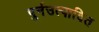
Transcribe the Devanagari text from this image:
पुर्नउत्पादित